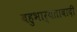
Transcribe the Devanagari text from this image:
बहुभार्यतावादी